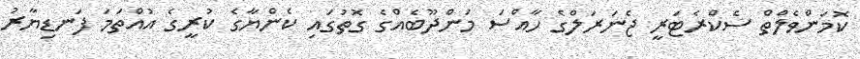
ކޮމަންވެލްތް ސެކްރެޓަރީ ޖެނަރަލްގެ ހާއްސަ މަންދޫބެއްގެ ގޮތުގައި ކެންޔާގެ ކުރީގެ އުއްތަމަ ފަނޑިޔާރު